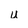
Character: u